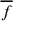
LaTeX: \overline { { f } }